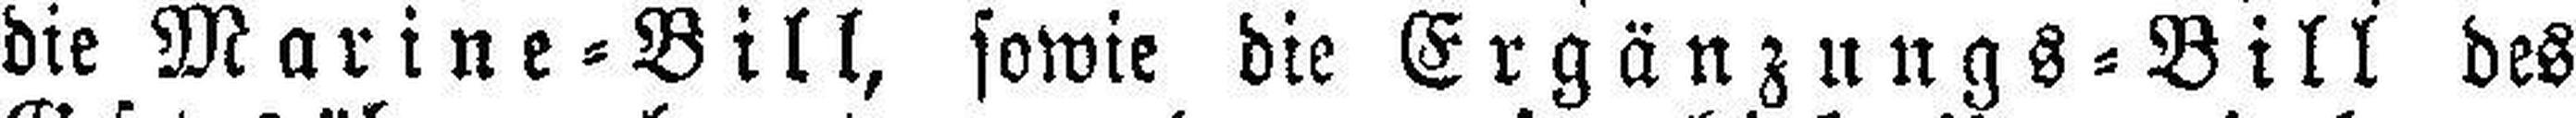
die Marine=Bill, sowie die Ergänzungs=Bill des